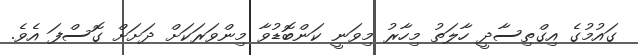
ގައުމުގެ އިގްތިސާދީ ހާލަތު މިހާރު މިވަނީ ކަންބޮޑުވާ މިންވަރަކަށް ދަށަށް ގޮސްފަ އެވެ.